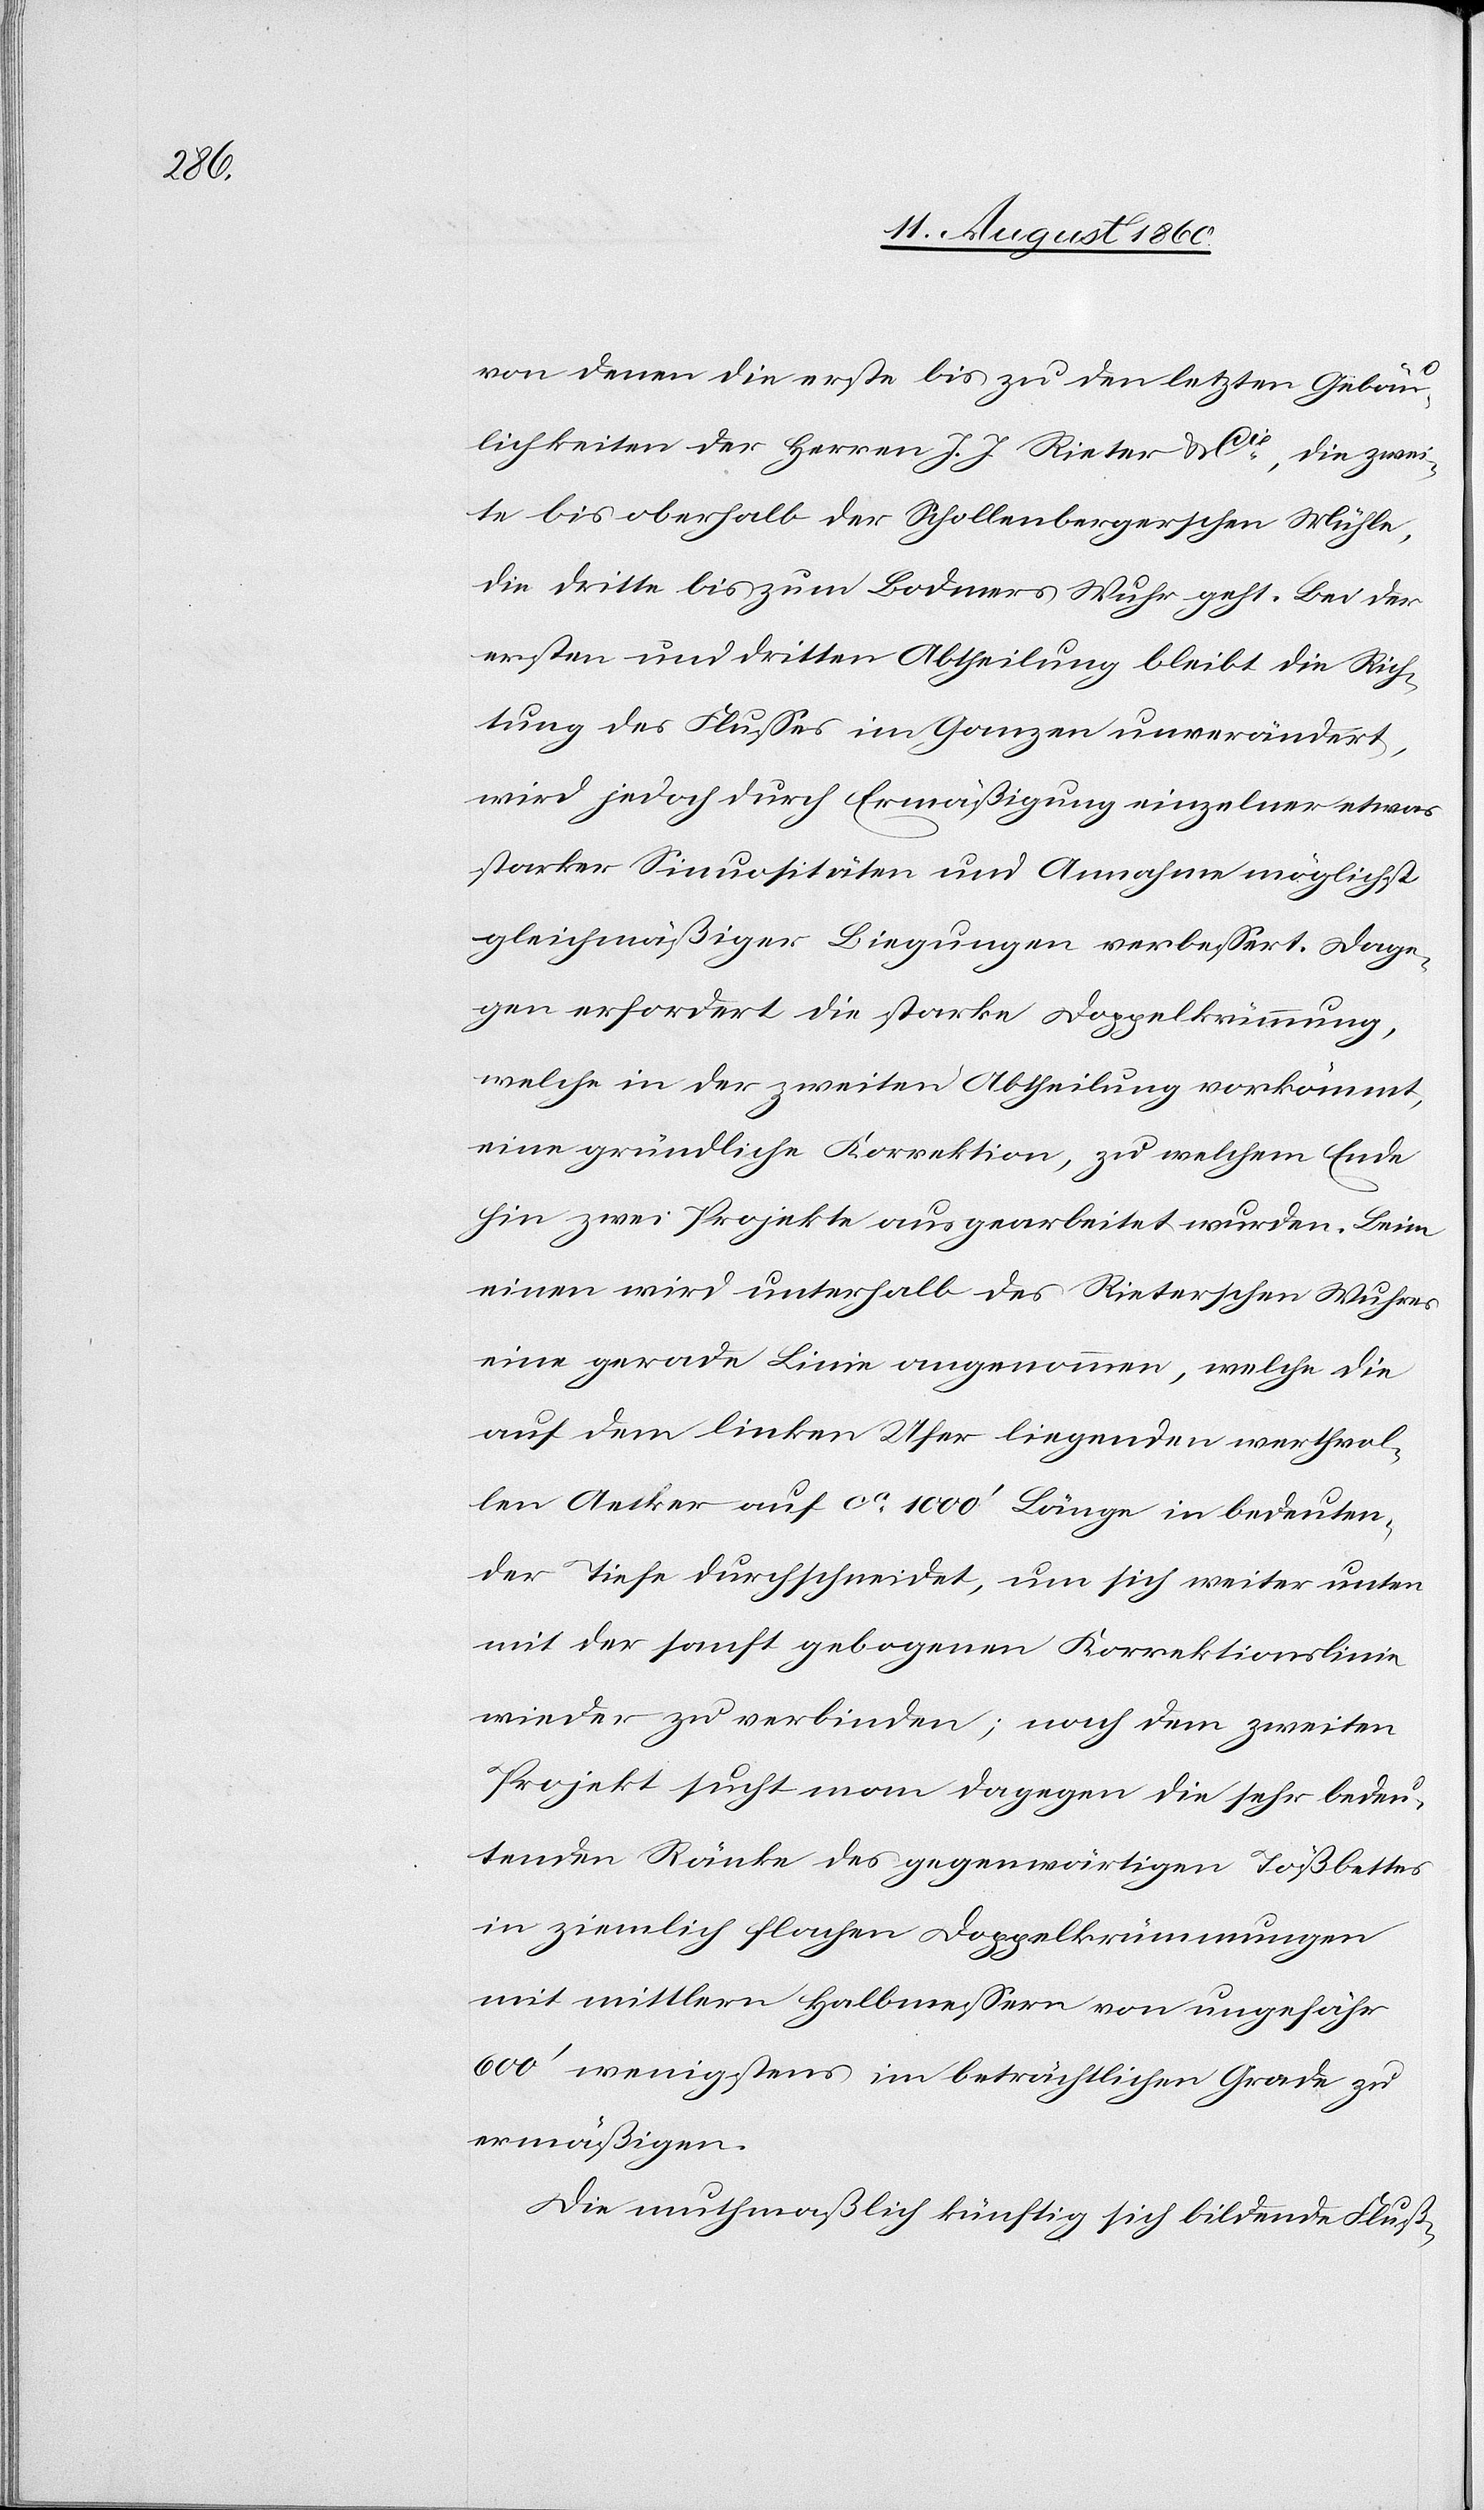
von denen die erste bis zu den letzten Gebäu¬
lichkeiten der Herren J. J. Rieter u. Cie die zwei¬
te bis oberhalb der Schollenbergerschen Mühle,
die Dritte bis zum Bodmers Wuhr geht. Bei der
ersten und dritten Abtheilung bleibt die Rich¬
tung des Flusses im Ganzen unverändert,
wird jedoch durch Ermässigung einzelner etwas
starker Sinuositäten und Annahme möglichst
gleichmässiger Biegungen verbessert. Dage¬
gen erfordert die starke Doppelkrümmung,
welche in der zweiten Abtheilung vorkömmt,
eine gründliche Korrektion, zu welchem Ende
hin zwei Projekte ausgearbeitet wurden.
einen wird unterhalb des Reiterschen Wuhres
eine gerade Linie angenommen, welche die
auf dem linken Ufer liegenden werthvol¬
len Äcker auf ca 1000’ Länge in bedeuten¬
der Tiefe durchschneidet, um sich weiter unten
mit der sanft gebogenen Korrektionslinie
wieder zu verbinden, nach dem 2ten
Projekte sucht man dagegen die sehr bedeu¬
tenden Ränke des gegenwärtigen Tössbettes
in ziemlich flachen Doppelkrümmungen
mit mittlern Halbmessern von ungefähr
600’ wenigstens im beträchtlichen Grade zu
ermässigen.